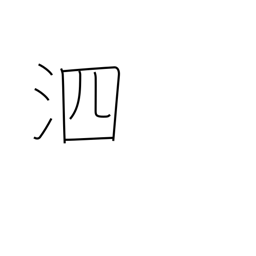
Meaning: snivel